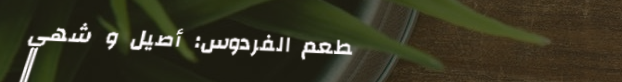
مطعم الفردوس: أصيل و شهي